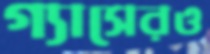
গ্যাসেরও